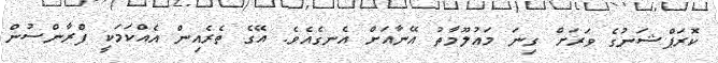
ކޮރަޕްޝަނުގެ ވަރަށް ގިނަ މައުލޫމާތު އޭނާއަށް އެނގެއެވެ. އޭގެ ތެރެއިން އެއްކަމަކީ ފްރާންސުން